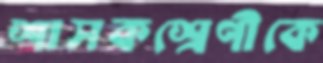
শাসকশ্রেণীকে